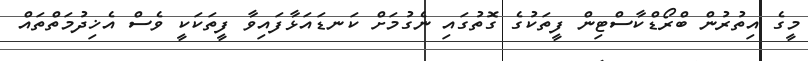
މީގެ އިތުރުން ބްރޯޑްކާސްޓިން ފީތަކުގެ ގޮތުގައި ނެގުމަށް ކަނޑައަޅާފައިވާ ފީތަކަކީ ވެސް އެޚިދުމަތްތައް